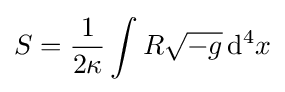
S={\frac {1}{2\kappa }}\int R{\sqrt {-g}}\,\mathrm {d} ^{4}x